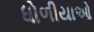
ધોળીયાઓ